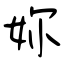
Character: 妳